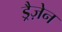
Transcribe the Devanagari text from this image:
ड्रैज़ेन